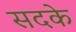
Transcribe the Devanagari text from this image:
सदके